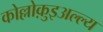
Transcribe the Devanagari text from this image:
कोल्लोक़ुइअल्ल्य